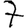
Digit: 7